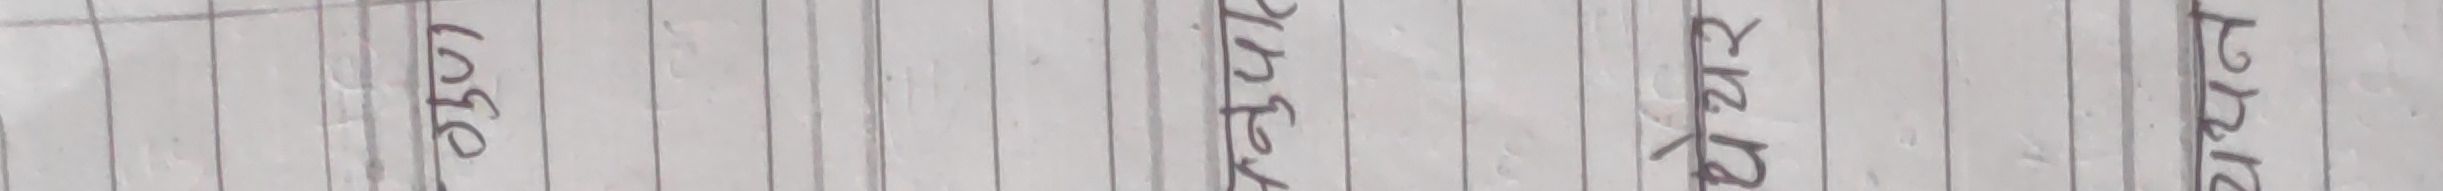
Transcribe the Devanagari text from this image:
७३०१ रुपये आधार परिचय